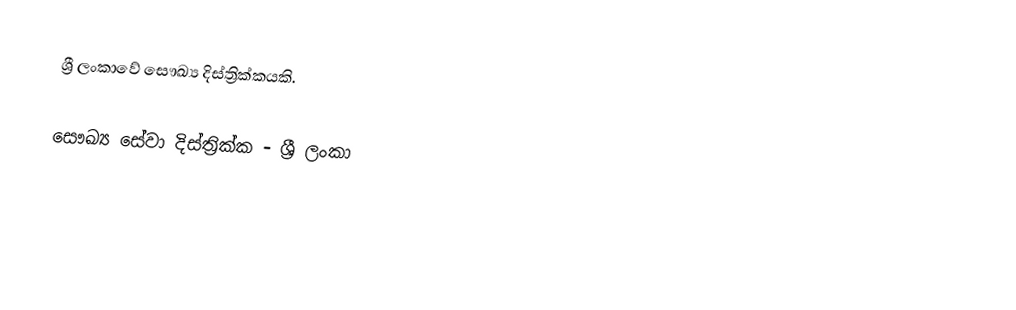
ශ්‍රී ලංකාවේ සෞඛ්‍ය දිස්ත්‍රික්කයකි.

සෞඛ්‍ය සේවා දිස්ත්‍රික්ක - ශ්‍රී ලංකා